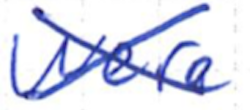
Text: were
Cross-out: cross
Writing tool: ballpoint